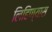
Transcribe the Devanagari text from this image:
लिहिण्‍यास